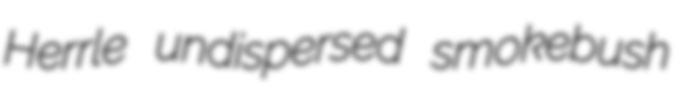
Herrle undispersed smokebush